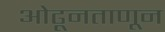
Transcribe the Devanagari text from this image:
ओढूनताणून